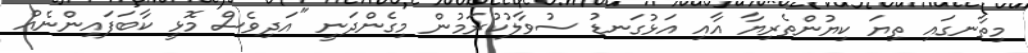
މިތާނގައި ތިޔަ ކިޔުންތެރިޔާ އާއި އަޅުގަނޑު ސުވާލުކުރަމުން މިގެންދަނީ "އަދިވެސް މޮޅީ ކާބަފައިންނެއް